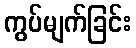
ကွပ်မျက်ခြင်း